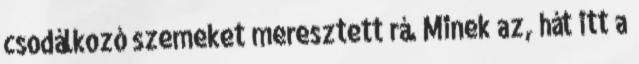
csodálkozó szemeket meresztett rá. Minek az, hát itt a